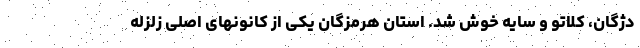
دژگان، کلاتو و سایه خوش شد. استان هرمزگان یکی از کانونهای اصلی زلزله